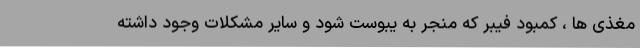
مغذی ها ، کمبود فیبر که منجر به یبوست شود و سایر مشکلات وجود داشته